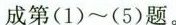
成第(1)~(5)题。